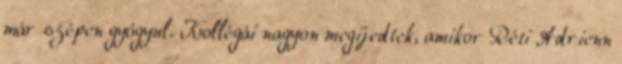
már szépen gyógyul. Kollégái nagyon megijedtek, amikor Réti Adrienn